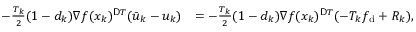
\begin{array} { r l } { - \frac { T _ { k } } { 2 } ( 1 - d _ { k } ) \nabla f ( x _ { k } ) ^ { \ensuremath Ḋ \mathsf Ḋ \tiny Ḋ T Ḍ Ḍ Ḍ } ( \bar { u } _ { k } - u _ { k } ) } & { = - \frac { T _ { k } } { 2 } ( 1 - d _ { k } ) \nabla f ( x _ { k } ) ^ { \ensuremath Ḋ \mathsf Ḋ \tiny Ḋ T Ḍ Ḍ Ḍ } ( - T _ { k } f _ { \mathrm { d } } + R _ { k } ) , } \end{array}